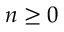
n \ge 0